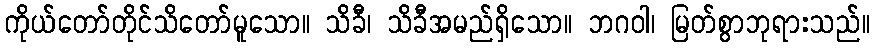
ကိုယ်တော်တိုင်သိတော်မူသော။ သိခီ၊ သိခီအမည်ရှိသော။ ဘဂဝါ၊ မြတ်စွာဘုရားသည်။